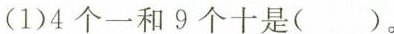
(1)4个一和9个十是()。